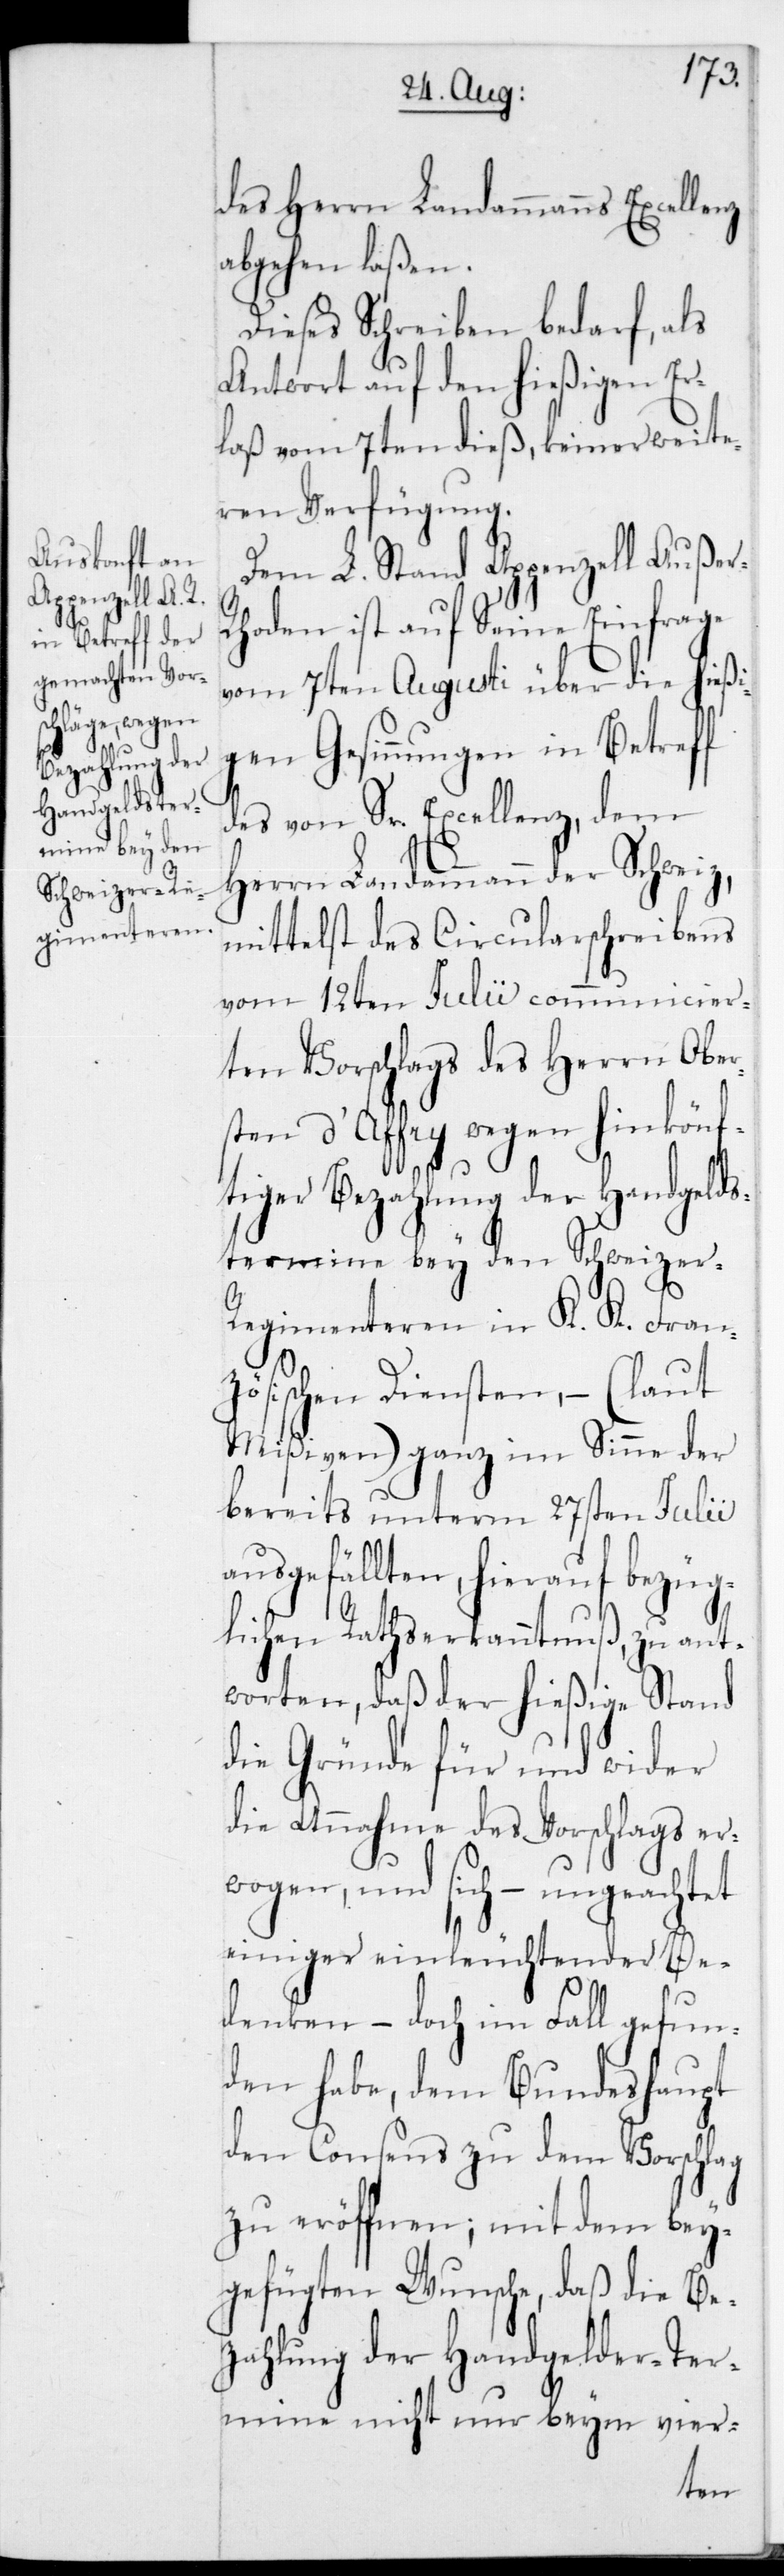
r-R¬

des Herren Landammanns Excellen¬
z,abgehen laßen.
Dieses Schreiben bedarf, als
Antwort auf den hießigen Er¬
laß vom 7ten dieß, keiner weite¬
ren Verfügung.
Dem L. Stand Appenzell Auße¬
hoden ist auf seine Einfrage
vom 7ten Augusti über die hießi¬
gen Gesinnungen in Betreff
des von Sr. Excellenz,dem
Herrn Landammann der Schweiz,
mittelst des Circularschreibens
vom 12ten Julii communicier¬
ten Vorschlags des Herrn Ober¬
sten d’Affry wegen hinkönf¬
tiger Bezahlung der Handgeld¬
s-Termine bey den Schweizer-R¬
egimenteren in K. K. Fran¬
zösischen Diensten, – (laut
Mißiven) ganz im Sinne der
bereits unterm 27sten Julii
ausgefällten, hierauf bezüg¬
lichen Rathserkanntnuß, zu ant¬
worten, daß der hießigeStand
die Gründe für und wider
die Annahme des Vorschlags er¬
wogen, und sich – ungeachtet
einiger einleuchtender Be¬
denken – doch im Fall gefun¬
den habe, dem Bundeshaupt
den Consens zu dem Vorschlag
zu eröffnen; mit dem bey¬
gefügten Wunsche, daß die Be¬
zahlung der Handgelder-Ter¬
mine nicht nur beym vier-